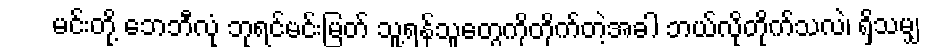
မင်းတို့ ဘေဘီလုံ ဘုရင်မင်းမြတ် သူ့ရန်သူတွေကိုတိုက်တဲ့အခါ ဘယ်လိုတိုက်သလဲ၊ ရှိသမျှ